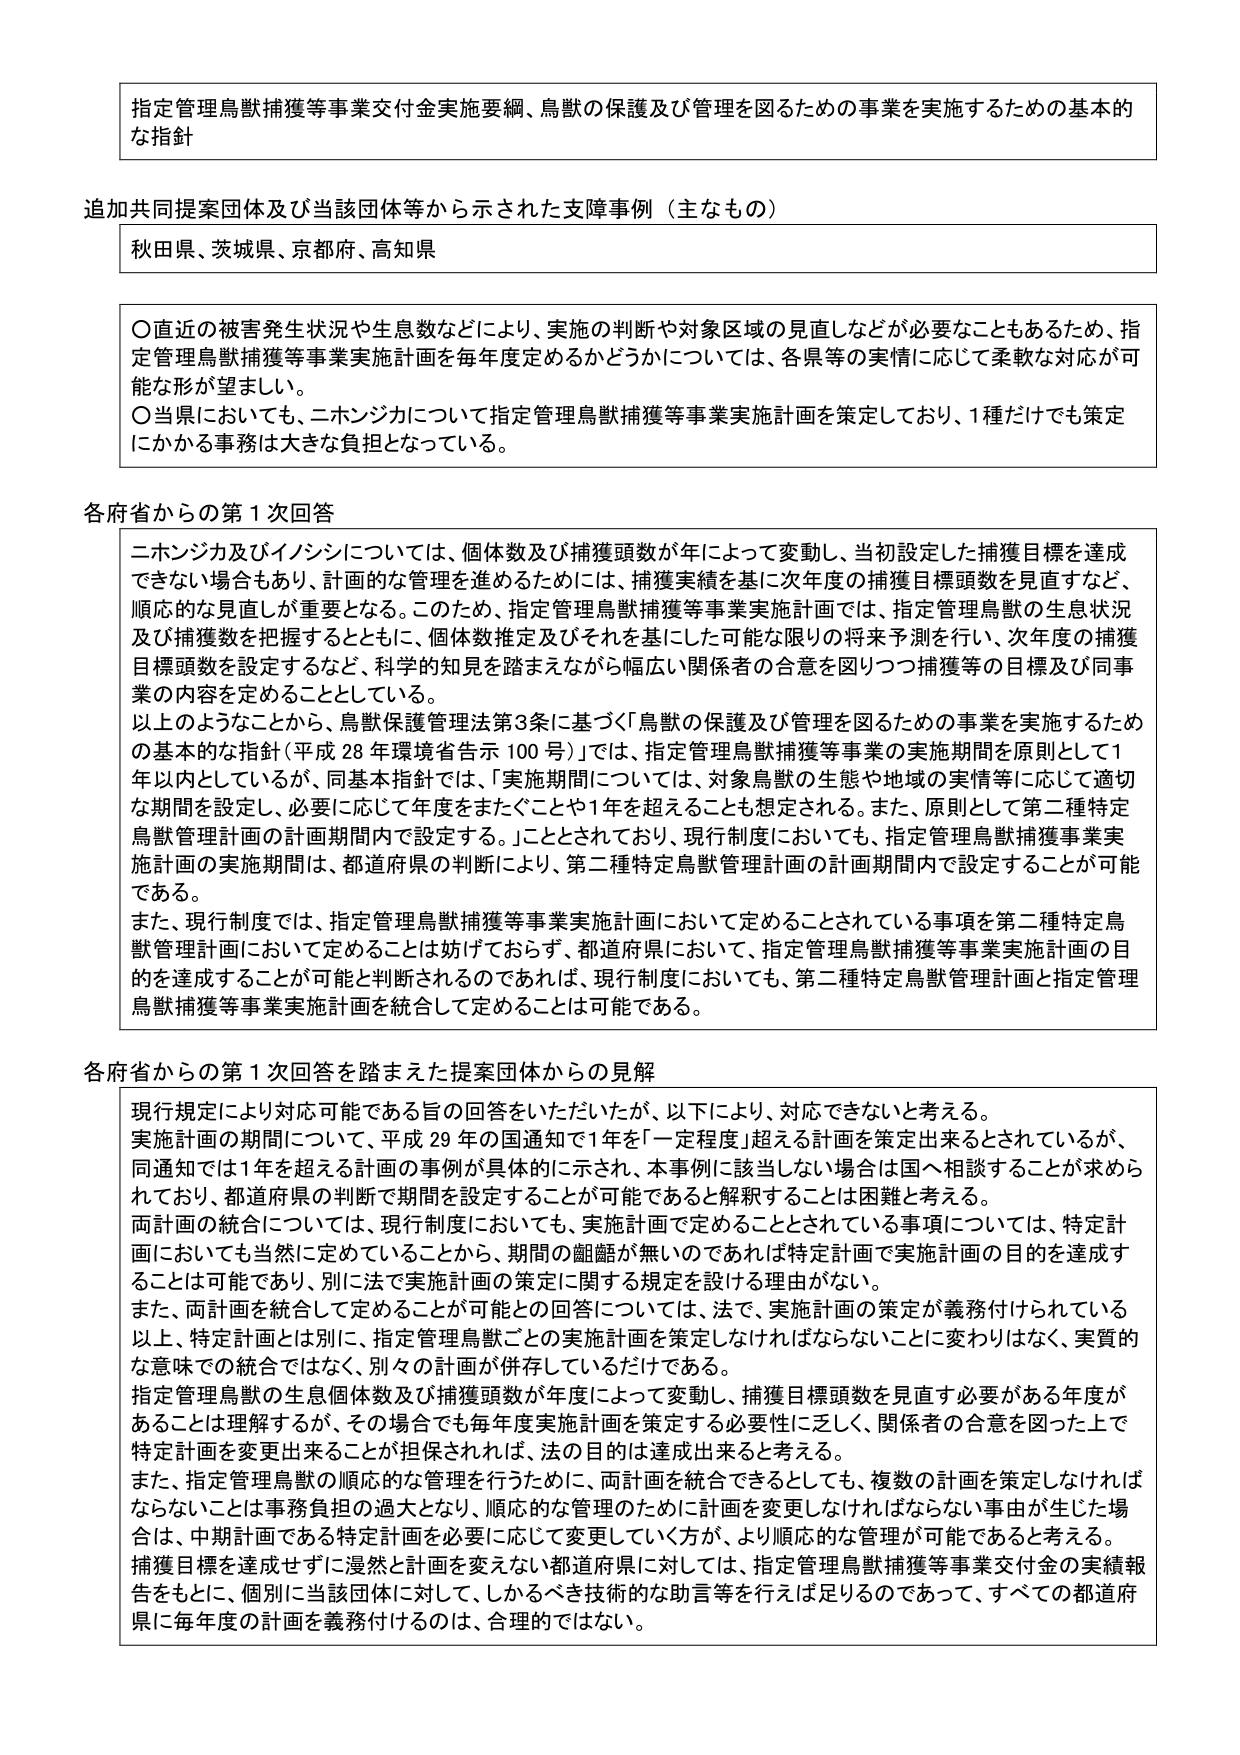
指定管理鳥獣捕獲等事業交付金実施要綱、鳥獣の保護及び管理を図るための事業を実施するための基本的な指針

追加共同提案団体及び当該団体等から示された支援事例（主なもの）
秋田県、茨城県、京都府、高知県

〇直近の被害発生状況や生息数などにより、実施の判断や対象区域の見直しなどが必要なこともあるため、指定管理鳥獣捕獲等事業実施計画を毎年度定めるかどうかについては、各県等の実情に応じて柔軟な対応が可能な形が望ましい。
〇当県においても、ニホンジカについて指定管理鳥獣捕獲等事業実施計画を策定しており、1種だけでも策定にかかる事務は大きな負担となっている。

各府省からの第1次回答
ニホンジカ及びイノシシについては、個体数及び捕獲頭数が年によって変動し、当初設定した捕獲目標を達成できない場合もあり、計画的な管理を進めるためには、捕獲実績を基に次年度の捕獲目標頭数を見直すなど、順応的な見直しが重要となる。このため、指定管理鳥獣捕獲等事業実施計画では、指定管理鳥獣の生息状況及び捕獲数を把握するとともに、個体数推定及びそれを基にした可能な限りの将来予測を行い、次年度の捕獲目標頭数を設定するなど、科学的知見を踏まえながら幅広い関係者の合意を図りつつ捕獲等の目標及び同事業の内容を定めることとしている。
以上のようなことから、鳥獣保護管理法第3条に基づく「鳥獣の保護及び管理を図るための事業を実施するための基本的な指針（平成28年環境省告示100号）」では、指定管理鳥獣捕獲等事業の実施期間を原則として1年以内としているが、同基本指針では、「実施期間については、対象鳥獣の生態や地域の実情等に応じて適切な期間を設定し、必要に応じて年度をまたぐことや1年を超えることも想定される。また、原則として第二種特定鳥獣管理計画の計画期間内で設定する。」こととされており、現行制度においても、指定管理鳥獣捕獲事業実施計画の実施期間は、都道府県の判断により、第二種特定鳥獣管理計画の計画期間内で設定することが可能である。
また、現行制度では、指定管理鳥獣捕獲等事業実施計画において定めることとされている事項を第二種特定鳥獣管理計画において定めることは妨げておらず、都道府県において、指定管理鳥獣捕獲等事業実施計画の目的を達成することが可能と判断されるのであれば、現行制度においても、第二種特定鳥獣管理計画と指定管理鳥獣捕獲等事業実施計画を統合して定めることは可能である。

各府省からの第1次回答を踏まえた提案団体からの見解
現行規定により対応可能である旨の回答をいただいたが、以下により、対応できないと考える。
実施計画の期間について、平成29年の国通知で1年を「一定程度」超える計画を策定出来るとされているが、同通知では1年を超える計画の事例が具体的に示され、本事例に該当しない場合は国へ相談することが求められており、都道府県の判断で期間を設定することが可能であると解釈することは困難と考える。
両計画の統合については、現行制度においても、実施計画で定めることとされている事項については、特定計画においても当然に定めていることから、期間の齟齬が無いのであれば特定計画で実施計画の目的を達成することは可能であり、別に法で実施計画の策定に関する規定を設ける理由がない。
また、両計画を統合して定めことが可能との回答については、法で、実施計画の策定が義務付けられている以上、特定計画とは別に、指定管理鳥獣ごとの実施計画を策定しなければならないことに変わりはなく、実質的な意味での統合ではなく、別々の計画が併存しているだけである。
指定管理鳥獣の生息個体数及び捕獲頭数が年度によって変動し、捕獲目標頭数を見直す必要がある年度があることは理解するが、その場合でも毎年度実施計画を策定する必要性に乏しく、関係者の合意を図った上で特定計画を変更出来ることが担保されれば、法の目的は達成出来ると考える。
また、指定管理鳥獣の順応的な管理を行うために、両計画を統合できるとしても、複数の計画を策定しなければならないことは事務負担の過大となり、順応的な管理のために計画を変更しなければならない事由が生じた場合は、中期計画である特定計画を必要に応じて変更していく方が、より順応的な管理が可能であると考える。
捕獲目標を達成せずに漫然と計画を変えない都道府県に対しては、指定管理鳥獣捕獲等事業交付金の実績報告をもとに、個別に当該団体に対して、しかるべき技術的な助言等を行えば足りるのであって、すべての都道府県に毎年度の計画を義務付けるのは、合理的ではない。